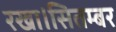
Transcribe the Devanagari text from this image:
रखा।सितम्बर